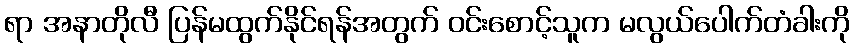
ရာ အနာတိုလီ ပြန်မထွက်နိုင်ရန်အတွက် ဝင်းစောင့်သူက မလွယ်ပေါက်တံခါးကို